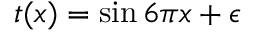
t ( x ) = \sin { 6 \pi x } + \epsilon